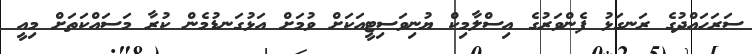
ސަރަހައްދުގެ ރަނގަޅު ފެންވަރުގެ އިސްލާމިކް ޔުނިވަސިޓީއަކަށް ވުމަށް އަޅުގަނޑުމެން ކުރާ މަސައްކަތަށް މިއީ